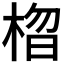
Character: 𣓗